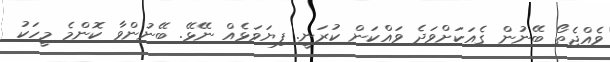
ވެއްޖެތޯ ބޭނުން ގެއަކަށްވަދެ ވައްކަން ކުރަނީ. ފިޔަވަޅެއް ނޭޅޭ. ބޭނުންވާ ކޮންމެ މީހަކު